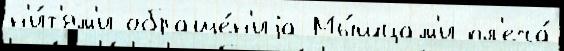
н'и́т'ям'и обраще́н'иjа Мы́шцам'и пл'еча́